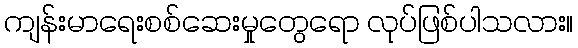
ကျန်းမာရေးစစ်ဆေးမှုတွေရော လုပ်ဖြစ်ပါသလား။